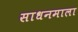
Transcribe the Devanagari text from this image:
साधनमाला